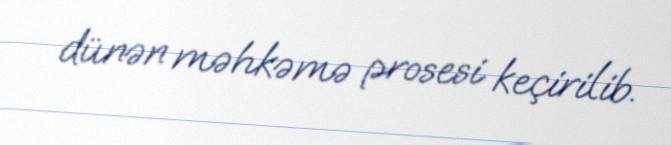
dünən məhkəmə prosesi keçirilib.